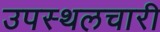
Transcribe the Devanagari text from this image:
उपस्थलचारी